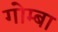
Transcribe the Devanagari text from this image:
गोम्बा